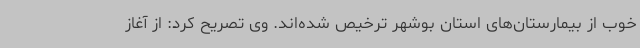
خوب از بیمارستان‌های استان بوشهر ترخیص شده‌اند. وی تصریح کرد: از آغاز